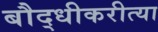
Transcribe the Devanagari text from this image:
बौद्धीकरीत्या